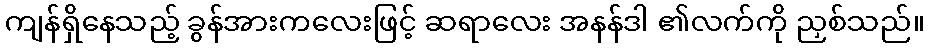
ကျန်ရှိနေသည့် ခွန်အားကလေးဖြင့် ဆရာလေး အနန်ဒါ ၏လက်ကို ညှစ်သည်။